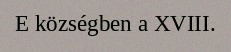
E községben a XVIII.